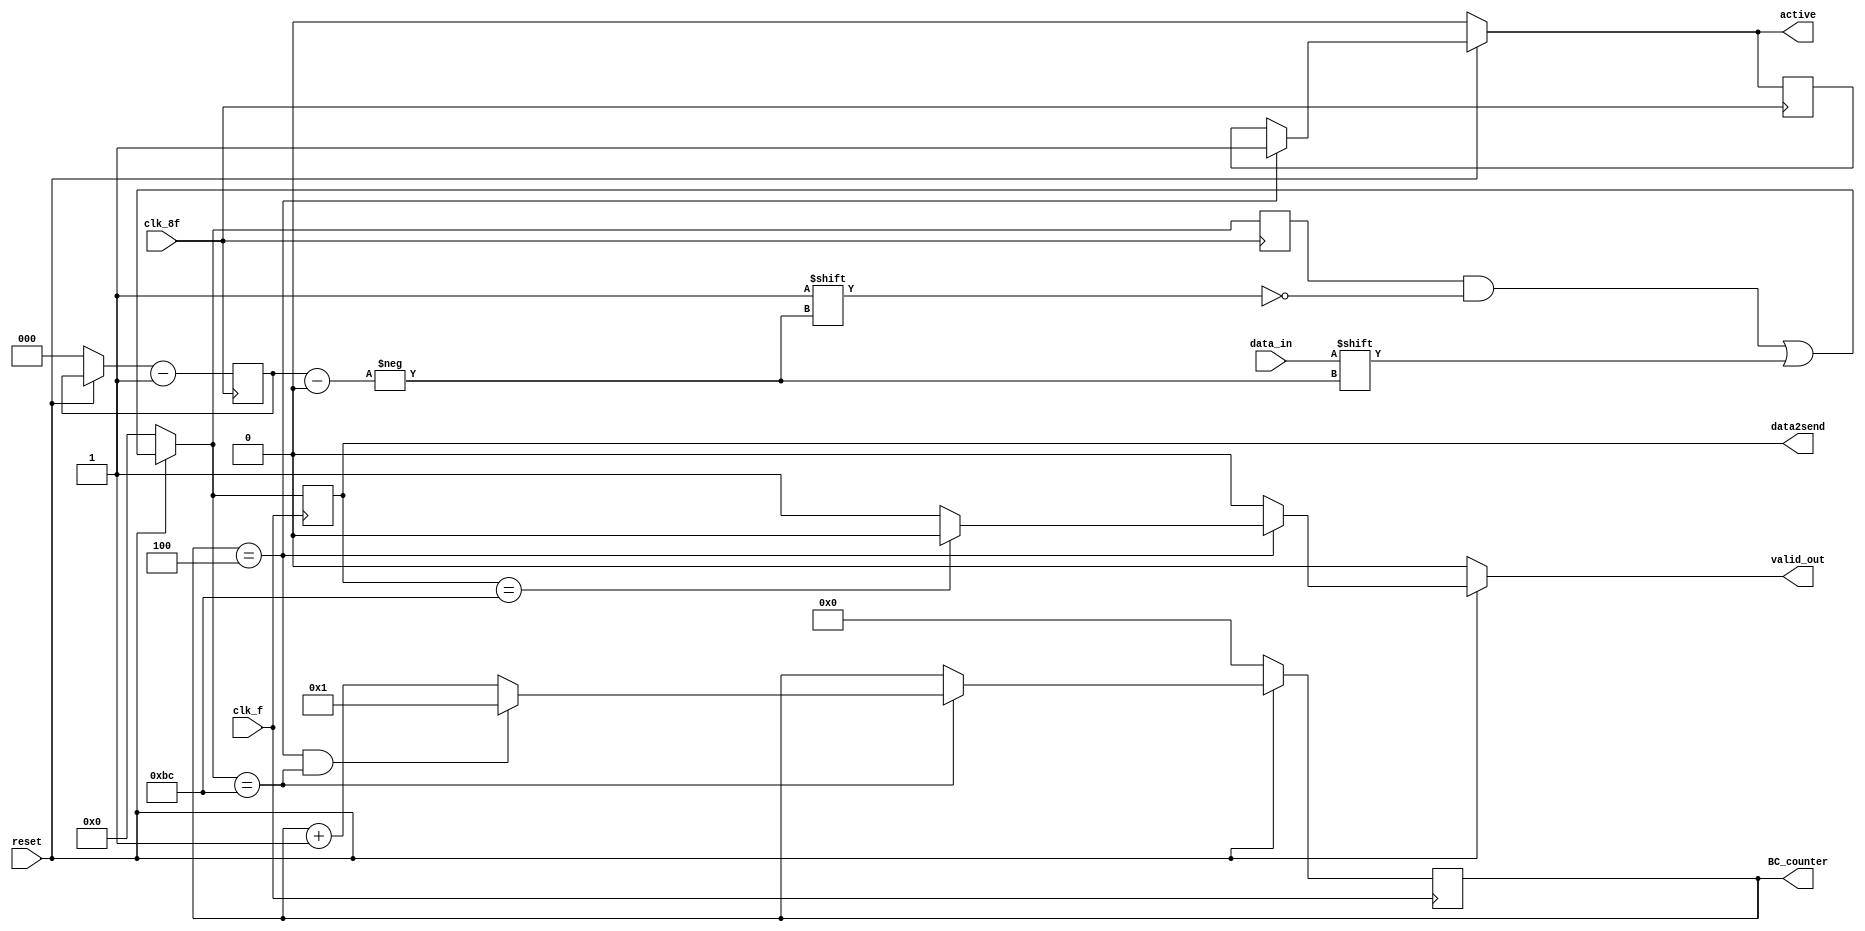

module SerieParalelo(
   input clk_f,
   input clk_8f,
   input data_in,
   input reset,
   output reg [7:0] data2send,
   output reg [3:0] BC_counter,
   output reg valid_out,
   output reg active
);
   reg [2:0] contador, contadorF;
   reg [7:0] pasoInSend, pasoInSendF;
   reg [3:0] BC_counterF;
   reg valid_outF, activeF, active2, active2F;



always @(posedge clk_8f) begin
   contadorF <= contador - 1;
   pasoInSendF <= pasoInSend;
   activeF <= active;
   active2F<=active2;

end

always @(posedge clk_f) begin

   valid_outF <=active2;
   data2send <= pasoInSend;
   if (reset==0)begin
    BC_counter=0;
   end else begin
   if (pasoInSend == 'hBC) begin
     BC_counter <= BC_counter + 1;
     active2F<=0;
     if (BC_counter == 4&&pasoInSend=='hBC) begin
        BC_counter <=1;
     end
    /* if (BC_counter ==1) begin
      active2F<=0;
     end*/
     end
   end
end

always @(*) begin
   pasoInSend = pasoInSendF;
   contador = contadorF;
   if (reset == 'b1) begin
      pasoInSend[contadorF] = data_in;

      if (BC_counter == 4) begin
         active = 'b1;
        // active2='b0;
         valid_out = active2;
      end else begin
         valid_out = 'b0;
         active=activeF;
         active2=active2F;
      end
      if (data2send=='hBC) begin
        active2=0;
      end else begin
        active2=1;
      end

   end else begin
    pasoInSend = 'b0;
    valid_out = 'b0;
    contador = 'b0;
    active = 'b0;
    active2 = 'b0;
      //valid_out = 'b0;
   end
end
endmodule // SerieParalelo